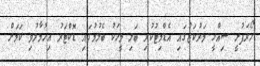
ހޯރަފުށީ ސިއްހީ މަރުކަޒުގައި އެޑްމިޓުކުރި ބަލި މީހަކު ބެލުމުގައި ޑޮކްޓަރު އިހުމާލުވި ކަމަށް